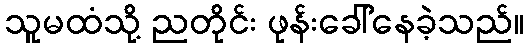
သူမထံသို့ ညတိုင်း ဖုန်းခေါ်နေခဲ့သည်။